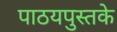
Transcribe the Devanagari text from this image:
पाठयपुस्तके